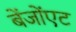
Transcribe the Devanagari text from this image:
बेंजोंएट